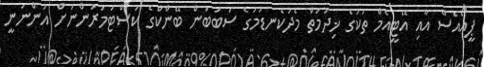
ޕީއޯއެސް އާއި އޭޓީއެމް ތަކުގެ ޚިދުމަތް މެދުކެނޑުމުގެ ސަބަބުން ބޭންކްގެ ކަސްޓަމަރުންނަށް އަންނަނީ